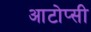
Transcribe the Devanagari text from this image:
आटोप्सी